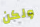
ولكن